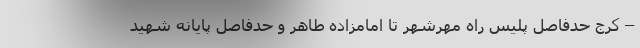
– کرج حدفاصل پلیس راه مهرشهر تا امامزاده طاهر و حدفاصل پایانه شهید